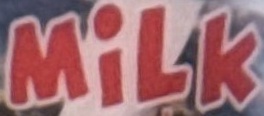
Milk